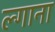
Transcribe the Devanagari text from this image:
ल्गाना